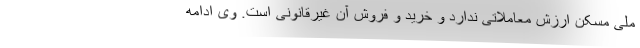
ملی مسکن ارزش معاملاتی ندارد و خرید و فروش آن غیرقانونی است. وی ادامه